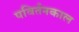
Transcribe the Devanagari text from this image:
पविर्तनकाल